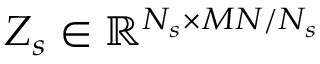
Z _ { s } \in \mathbb R ^ { N _ { s } \times M N / N _ { s } }